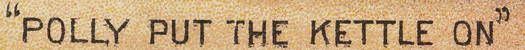
"POLLY PUT THE KETTLE ON"